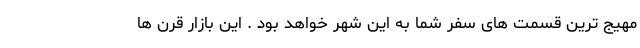
مهیج ترین قسمت های سفر شما به این شهر خواهد بود . این بازار قرن ها